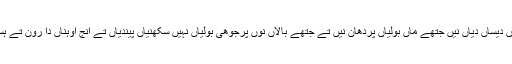
ایہہ ساریاں گلاں صیح نیں تے اوہناں دیساں دیاں نیں جتھے ماں بولیاں پردھان نیں تے جتھے بالاں نُوں پرجوھی بولیاں نہیں سکھنیاں پیندیاں تے اِنج اوہناں دا رون تے ہسن سچا اے قدرت ڈھنگ موجب اے۔